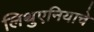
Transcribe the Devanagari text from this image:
लिथुएनियाचे